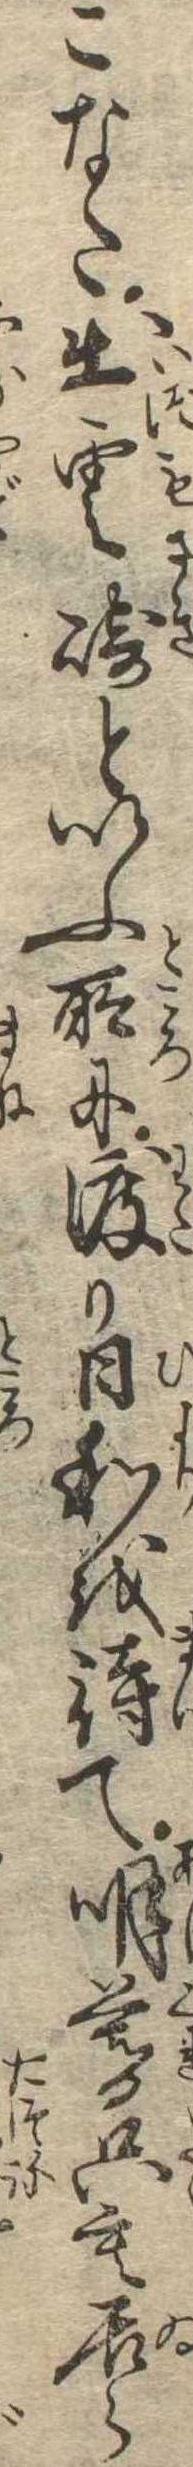
こなた出雲崎といふ所に渡り日和を待て明暮只も居ら